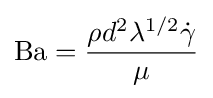
\mathrm {Ba} ={\frac {\rho d^{2}\lambda ^{1/2}{\dot {\gamma }}}{\mu }}